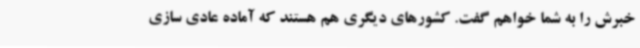
خبرش را به شما خواهم گفت. کشورهای دیگری هم هستند که آماده عادی سازی